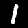
Digit: 1